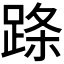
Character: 𬦹